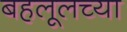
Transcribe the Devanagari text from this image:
बहलूलच्या